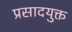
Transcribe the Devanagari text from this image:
प्रसादयुक्त